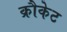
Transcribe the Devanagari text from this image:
क्रौकेट